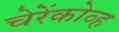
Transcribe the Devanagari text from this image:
चेरेंकोव्ह